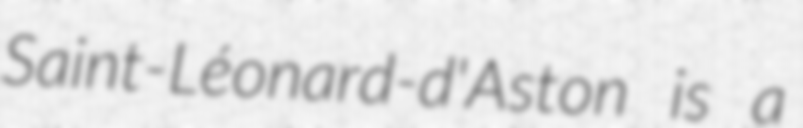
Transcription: Saint-Léonard-d'Aston is a